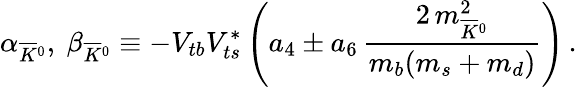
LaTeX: \alpha_{\overline{{K}}{}^{0}},\ \beta_{\overline{{K}}{}^{0}}\equiv-V_{tb}V_{ts}^{*}\left(a_{4}\pm a_{6}\, \frac{2\, m_{\overline{{K}}{}^{0}}^{2}}{m_{b}(m_{s}+m_{d})}\right)\, .